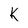
Character: K